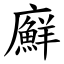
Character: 廯